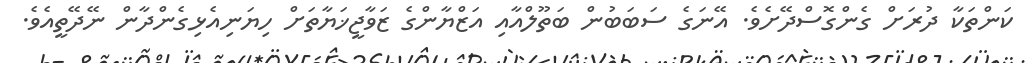
ކަންތަކާ ދުރަށް ގެންގޮސްދޭށެވެ. އޭނަގެ ސަބަބުން ބަތޫލްއާއި އަޒްޔާންގެ ޒަވާޖީޚަޔާތަށް ހިޔަނިއެޅިގެންދާން ނޭދޭތީއެވެ.